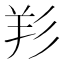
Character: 羏